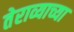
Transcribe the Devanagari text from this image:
तेराव्याच्या